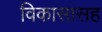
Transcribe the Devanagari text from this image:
विकासासह